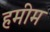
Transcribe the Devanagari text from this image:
हमीम